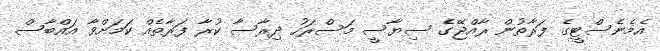
އެމެނެސްޓީގެ ފަރާތުން ރާއްޖޭގެ ސިޔާސީ މަސްރަހު ދިރާސާ ކުރާ ފަރާތެއް ކަމަށްވާ އައްބާސް